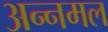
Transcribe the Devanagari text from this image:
अन्नमल